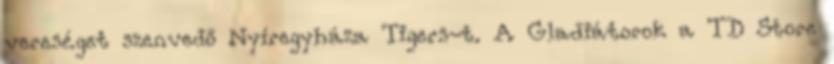
vereséget szenvedő Nyíregyháza Tigers-t. A Gladiátorok a TD Store